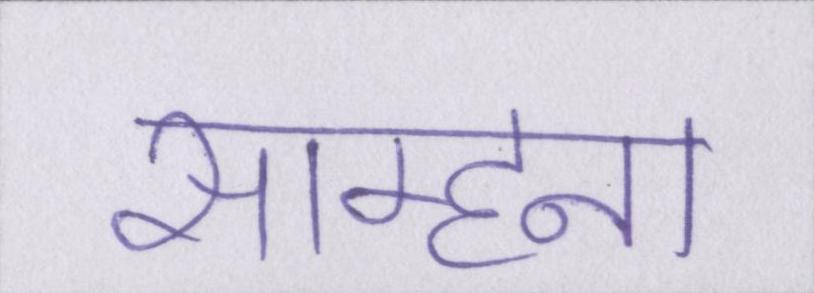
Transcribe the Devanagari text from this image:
साम्हना